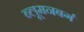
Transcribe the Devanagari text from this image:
ब्लूमनबर्ग